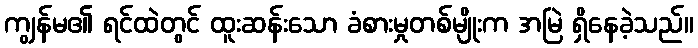
ကျွန်မ၏ ရင်ထဲတွင် ထူးဆန်းသော ခံစားမှုတစ်မျိုးက အမြဲ ရှိနေခဲ့သည်။